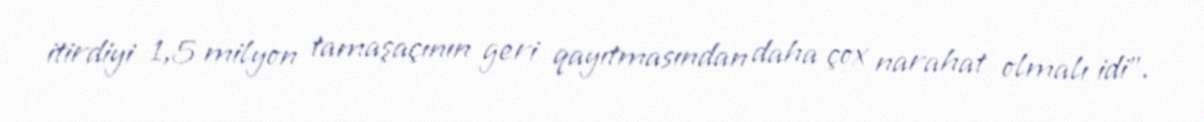
itirdiyi 1,5 milyon tamaşaçının geri qayıtmasından daha çox narahat olmalı idi".